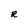
Character: R